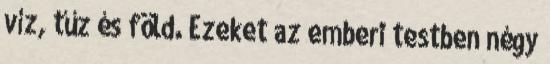
víz, tűz és föld. Ezeket az emberi testben négy